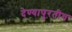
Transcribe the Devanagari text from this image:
देण्यापुरतीच